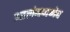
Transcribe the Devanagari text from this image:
आलंबनभेद